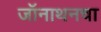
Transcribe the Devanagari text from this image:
जॉनाथनचा